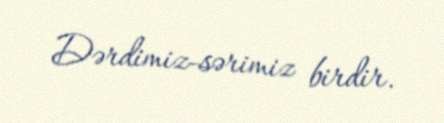
Dərdimiz-sərimiz birdir.